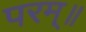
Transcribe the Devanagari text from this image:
परम्॥